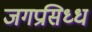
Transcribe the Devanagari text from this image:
जगप्रसिध्ध